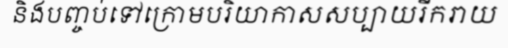
និងបញ្ចប់ទៅក្រោមបរិយាកាសសប្បាយរីករាយ